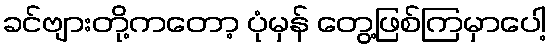
ခင်ဗျားတို့ကတော့ ပုံမှန် တွေ့ဖြစ်ကြမှာပေါ့